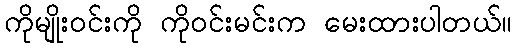
ကိုမျိုးဝင်းကို ကိုဝင်းမင်းက မေးထားပါတယ်။